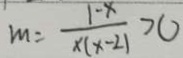
m = \frac { 1 - x } { x ( x - 2 ) } > 0